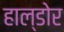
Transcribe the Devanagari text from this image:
हाल्डोर